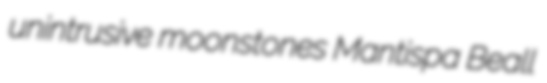
unintrusive moonstones Mantispa Beall